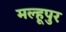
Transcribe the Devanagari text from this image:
मल्हूपुर